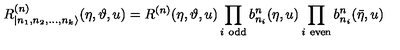
R _ { | n _ { 1 } , n _ { 2 } , \dots , n _ { k } \rangle } ^ { ( n ) } ( \eta , \vartheta , u ) = R ^ { ( n ) } ( \eta , \vartheta , u ) \prod _ { i \textrm { } \mathrm { o d d } } b _ { n _ { i } } ^ { n } ( \eta , u ) \prod _ { i \textrm { } \mathrm { e v e n } } b _ { n _ { i } } ^ { n } ( \bar { \eta } , u ) \,